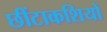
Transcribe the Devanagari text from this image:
छींटाकशियों